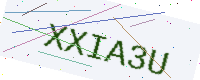
Text: XXIA3U